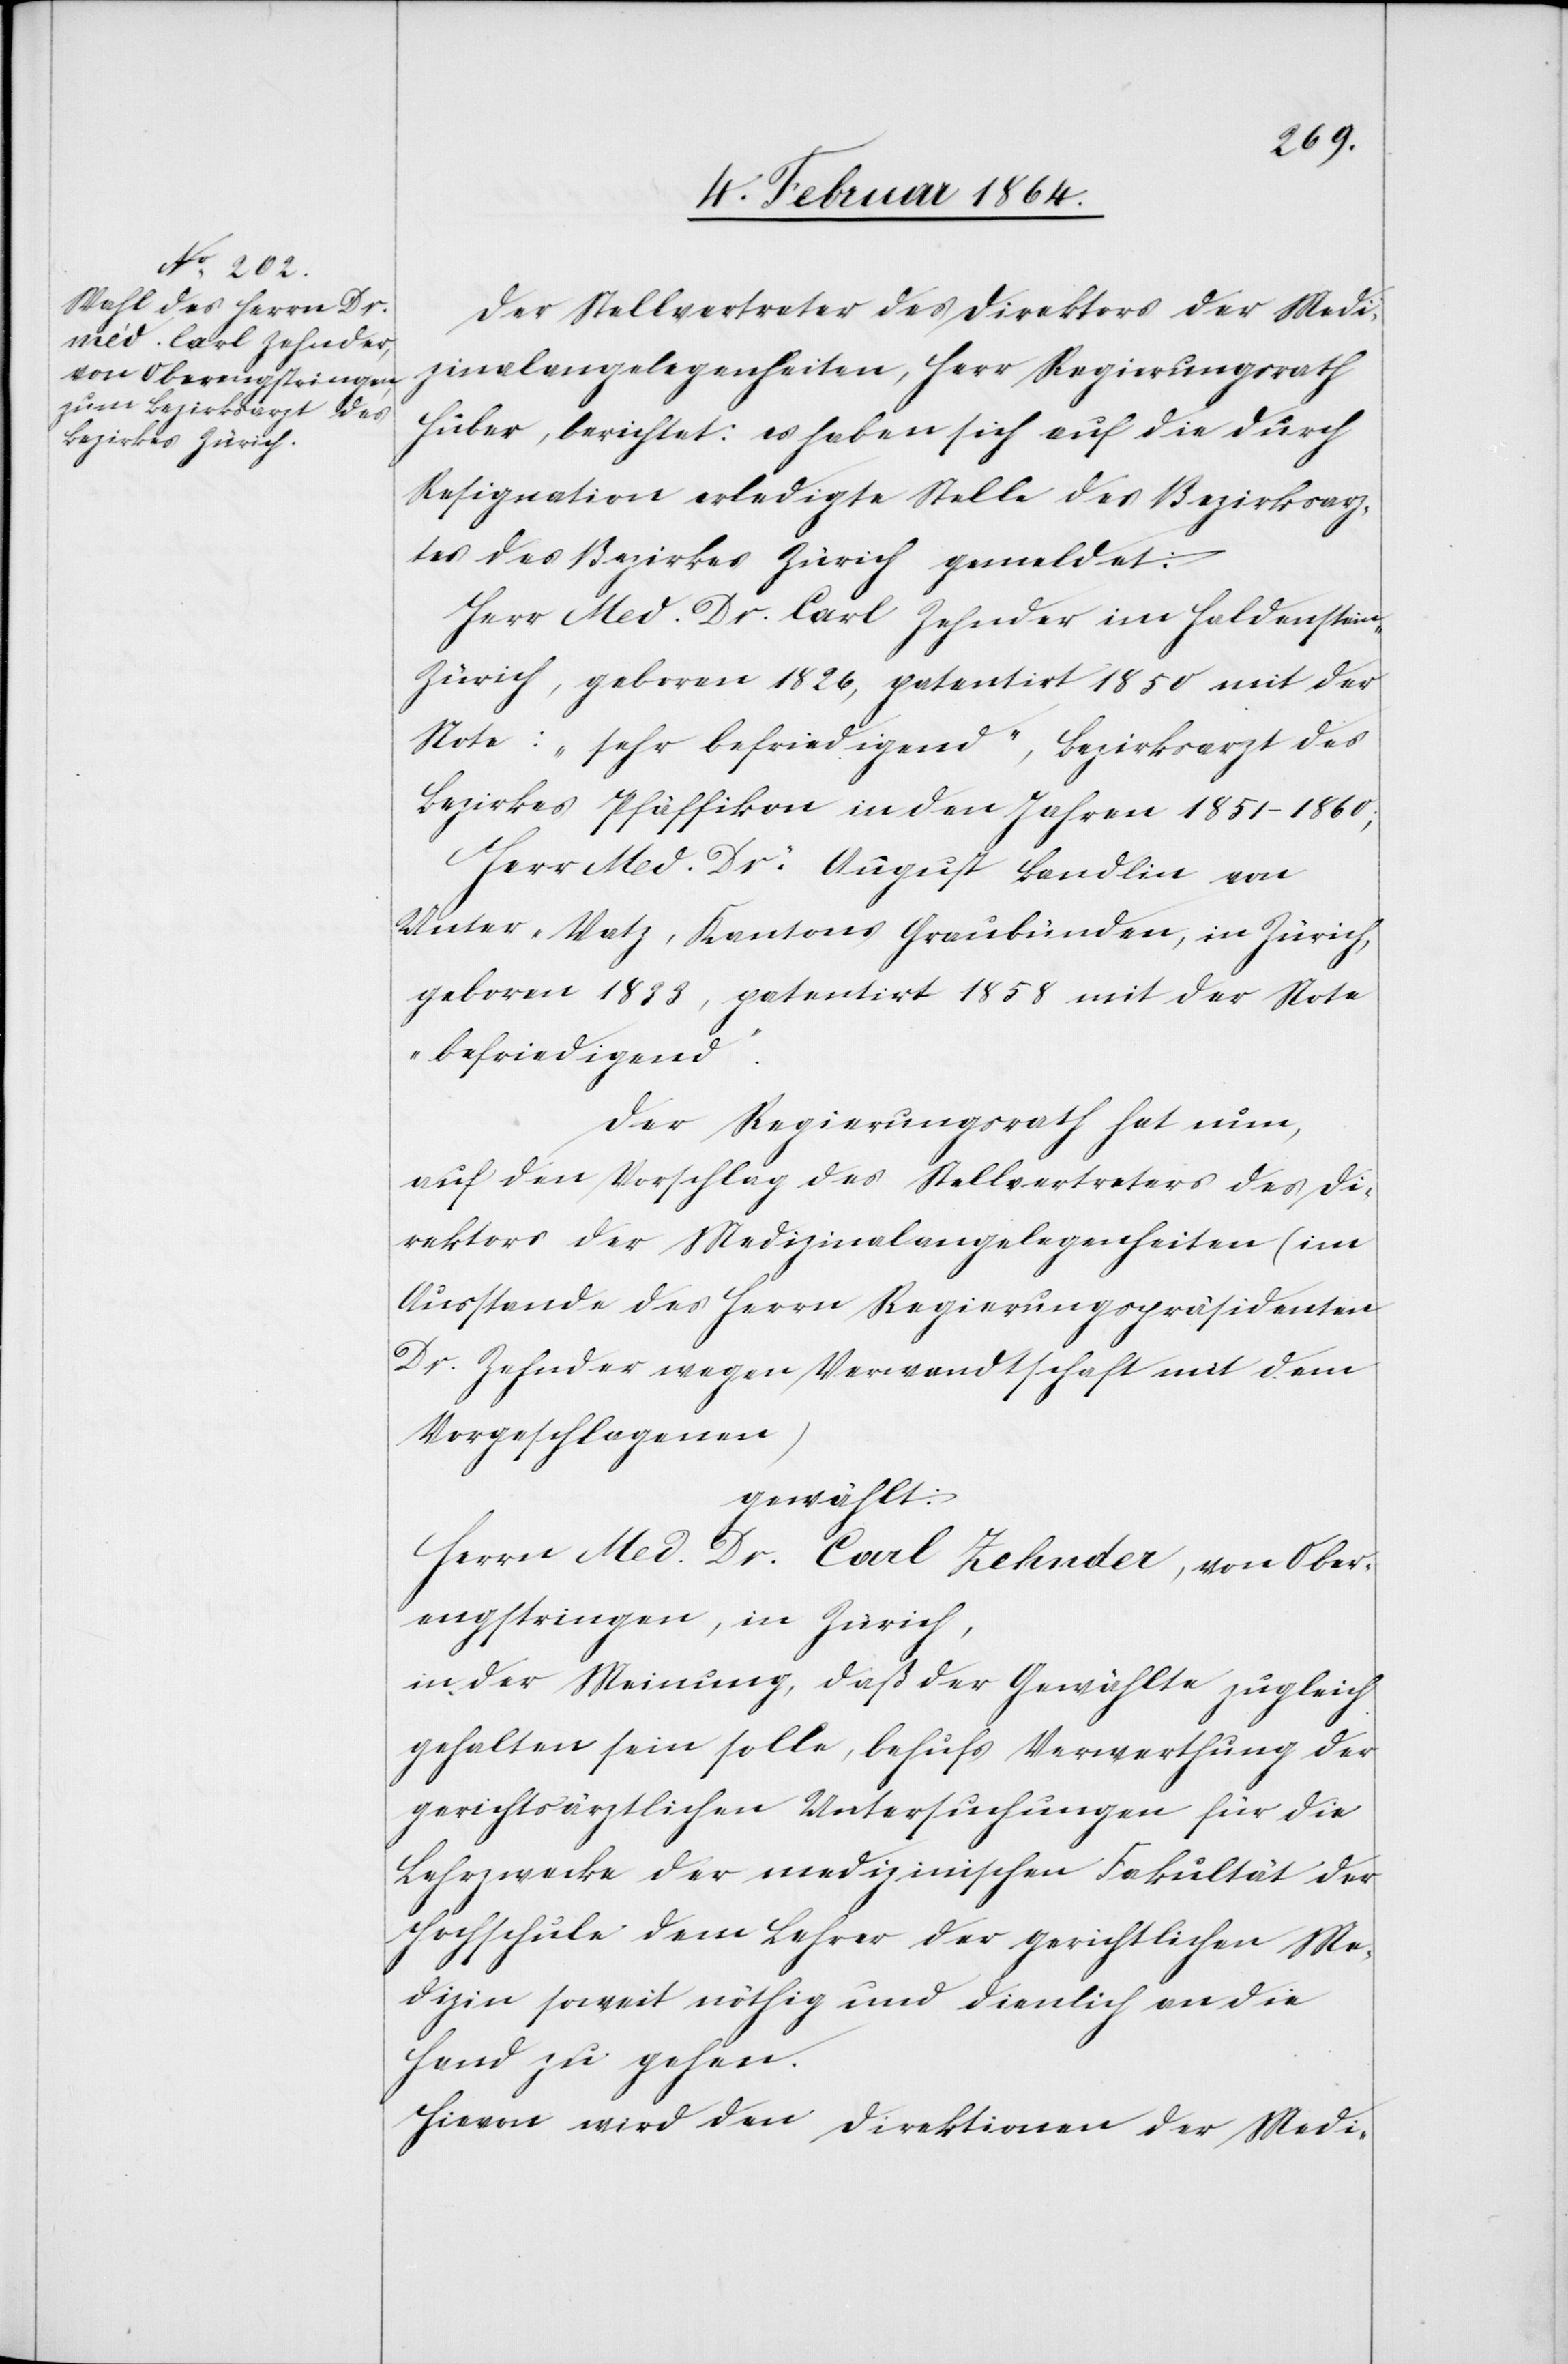
Der Stellvertreter des Direktors der Medi¬
zinalangelegenheiten, Herr Regierungsrath
Huber, berichtet: es haben sich auf die durch
Resignation erledigte Stelle des Bezirksarz¬
tes des Bezirkes Zürich gemeldet:
Herr Med. Dr. Carl Zehnder im Haldenstein,
Zürich, geboren 1826, patentirt 1850 mit der
Note: „sehr befriedigend“, Bezirksarzt des
Bezirkes Pfäffikon in den Jahren 1851-1860;
Herr Med. Dr. August Bandlin von
Unter-Vatz, Kantons Graubünden, in Zürich,
geboren 1833, patentirt 1858 mit der Note
„befriedigend“.
Der Regierungsrath hat nun,
auf den Vorschlag des Stellvertreters des Di¬
rektors der Medizinalangelegenheiten (im
Ausstande des Herrn Regierungspräsidenten
Dr. Zehnder wegen Verwandtschaft mit dem
Vorgeschlagenen)
gewählt:
Herrn Med. Dr. Carl Zehnder, von Ober¬
engstringen, in Zürich,
in der Meinung, daß der Gewählte zugleich
gehalten sein solle, behufs Verwerthung der
gerichtsärztlichen Untersuchungen für die
Lehrzwecke der medizinischen Fakultät der
Hochschule dem Lehrer der gerichtlichen Me¬
dizin soweit nöthig und dienlich an die
Hand zu gehen.
Hievon wird den Direktionen der Medi-